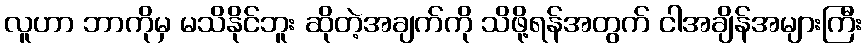
လူဟာ ဘာကိုမှ မသိနိုင်ဘူး ဆိုတဲ့အချက်ကို သိဖို့ရန်အတွက် ငါအချိန်အများကြီး